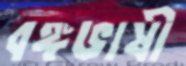
বঙ্গভাষী